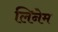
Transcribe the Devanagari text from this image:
लिनेम